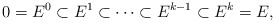
\begin{align*}0 = E^0 \subset E^1 \subset \cdots \subset E^{k-1} \subset E^{k} = E,\end{align*}